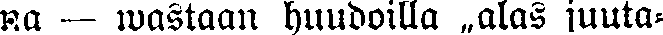
na — wastaan huudoilla „alas juuta-